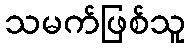
သမက်ဖြစ်သူ